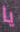
يا